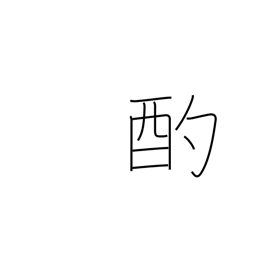
Meaning: scoop